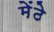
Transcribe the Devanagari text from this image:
मेंठे